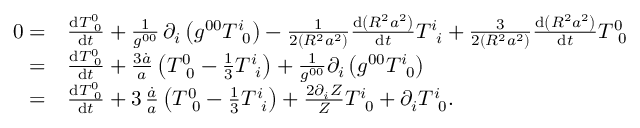
\begin{array} { r l } { 0 = } & { \frac { \mathrm { d } T _ { \, \, \, 0 } ^ { 0 } } { \mathrm { d } t } + \frac { 1 } { g ^ { 0 0 } } \, \partial _ { i } \left( g ^ { 0 0 } T _ { \, \, \, 0 } ^ { i } \right) - \frac { 1 } { 2 \left( R ^ { 2 } a ^ { 2 } \right) } \frac { \mathrm { d } \left( R ^ { 2 } a ^ { 2 } \right) } { \mathrm { d } t } T _ { \, \, \, i } ^ { i } + \frac { 3 } { 2 \left( R ^ { 2 } a ^ { 2 } \right) } \frac { \mathrm { d } \left( R ^ { 2 } a ^ { 2 } \right) } { \mathrm { d } t } T _ { \, \, \, 0 } ^ { 0 } } \\ { = } & { \frac { \mathrm { d } T _ { \, \, \, 0 } ^ { 0 } } { \mathrm { d } t } + \frac { 3 \dot { a } } { a } \left( T _ { \, \, \, 0 } ^ { 0 } - \frac { 1 } { 3 } T _ { \, \, \, i } ^ { i } \right) + \frac { 1 } { g ^ { 0 0 } } \partial _ { i } \left( g ^ { 0 0 } T _ { \, \, \, 0 } ^ { i } \right) } \\ { = } & { \frac { \mathrm { d } T _ { \, \, \, 0 } ^ { 0 } } { \mathrm { d } t } + 3 \, \frac { \dot { a } } { a } \left( T _ { \, \, \, 0 } ^ { 0 } - \frac { 1 } { 3 } T _ { \, \, \, i } ^ { i } \right) + \frac { 2 \partial _ { i } Z } { Z } T _ { \, \, \, 0 } ^ { i } + \partial _ { i } T _ { \, \, \, 0 } ^ { i } . } \end{array}